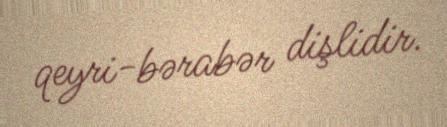
qeyri-bərabər dişlidir.